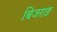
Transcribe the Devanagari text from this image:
बिजराङ